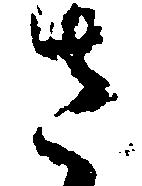
さ